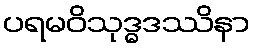
ပရမဝိသုဒ္ဓဒဿိနာ